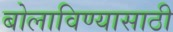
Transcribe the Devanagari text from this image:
बोलाविण्यासाठी